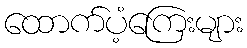
ထောက်ပံ့ကြေးများ